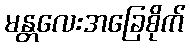
မန္တလေးအခြေစိုက်